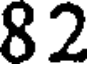
82